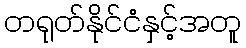
တရုတ်နိုင်ငံနှင့်အတူ